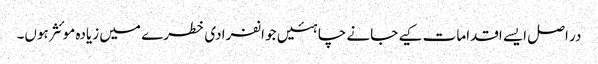
در اصل ایسے اقدامات کیے جانے چاہئیں جو انفرادی خطرے میں زیادہ موئثر ہوں۔